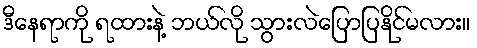
ဒီနေရာကို ရထားနဲ့ ဘယ်လို သွားလဲပြောပြနိုင်မလား။